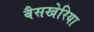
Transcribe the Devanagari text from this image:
बैसखेरिया